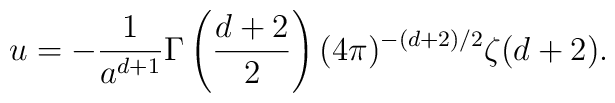
u=-{1 \over {a^{d+1}}} \Gamma \left({d+2 \over 2}\right) (4 \pi)^{-(d+2)/2} \zeta (d+2).